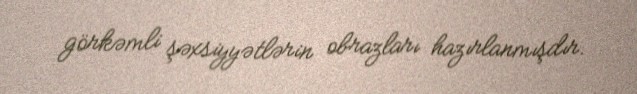
görkəmli şəxsiyyətlərin obrazları hazırlanmışdır.